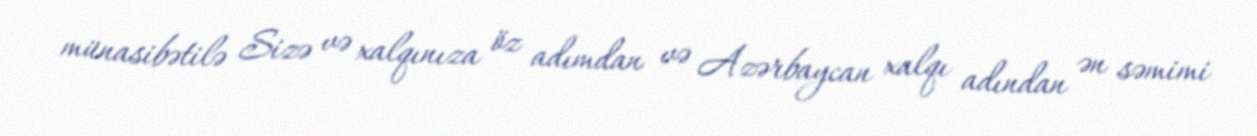
münasibətilə Sizə və xalqınıza öz adımdan və Azərbaycan xalqı adından ən səmimi